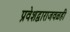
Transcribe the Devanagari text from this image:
प्रवेशद्वाराजवळही